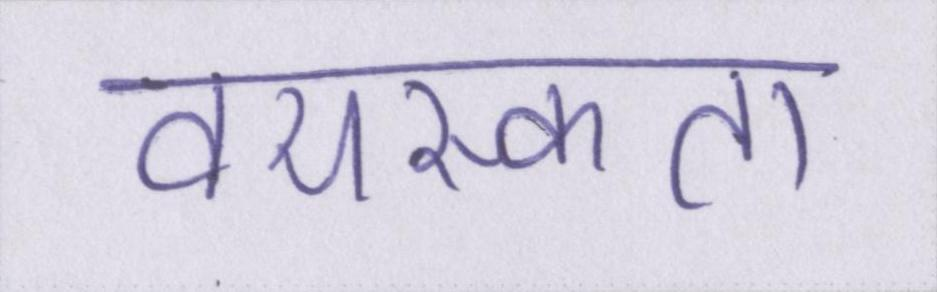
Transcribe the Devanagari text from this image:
वयस्कता